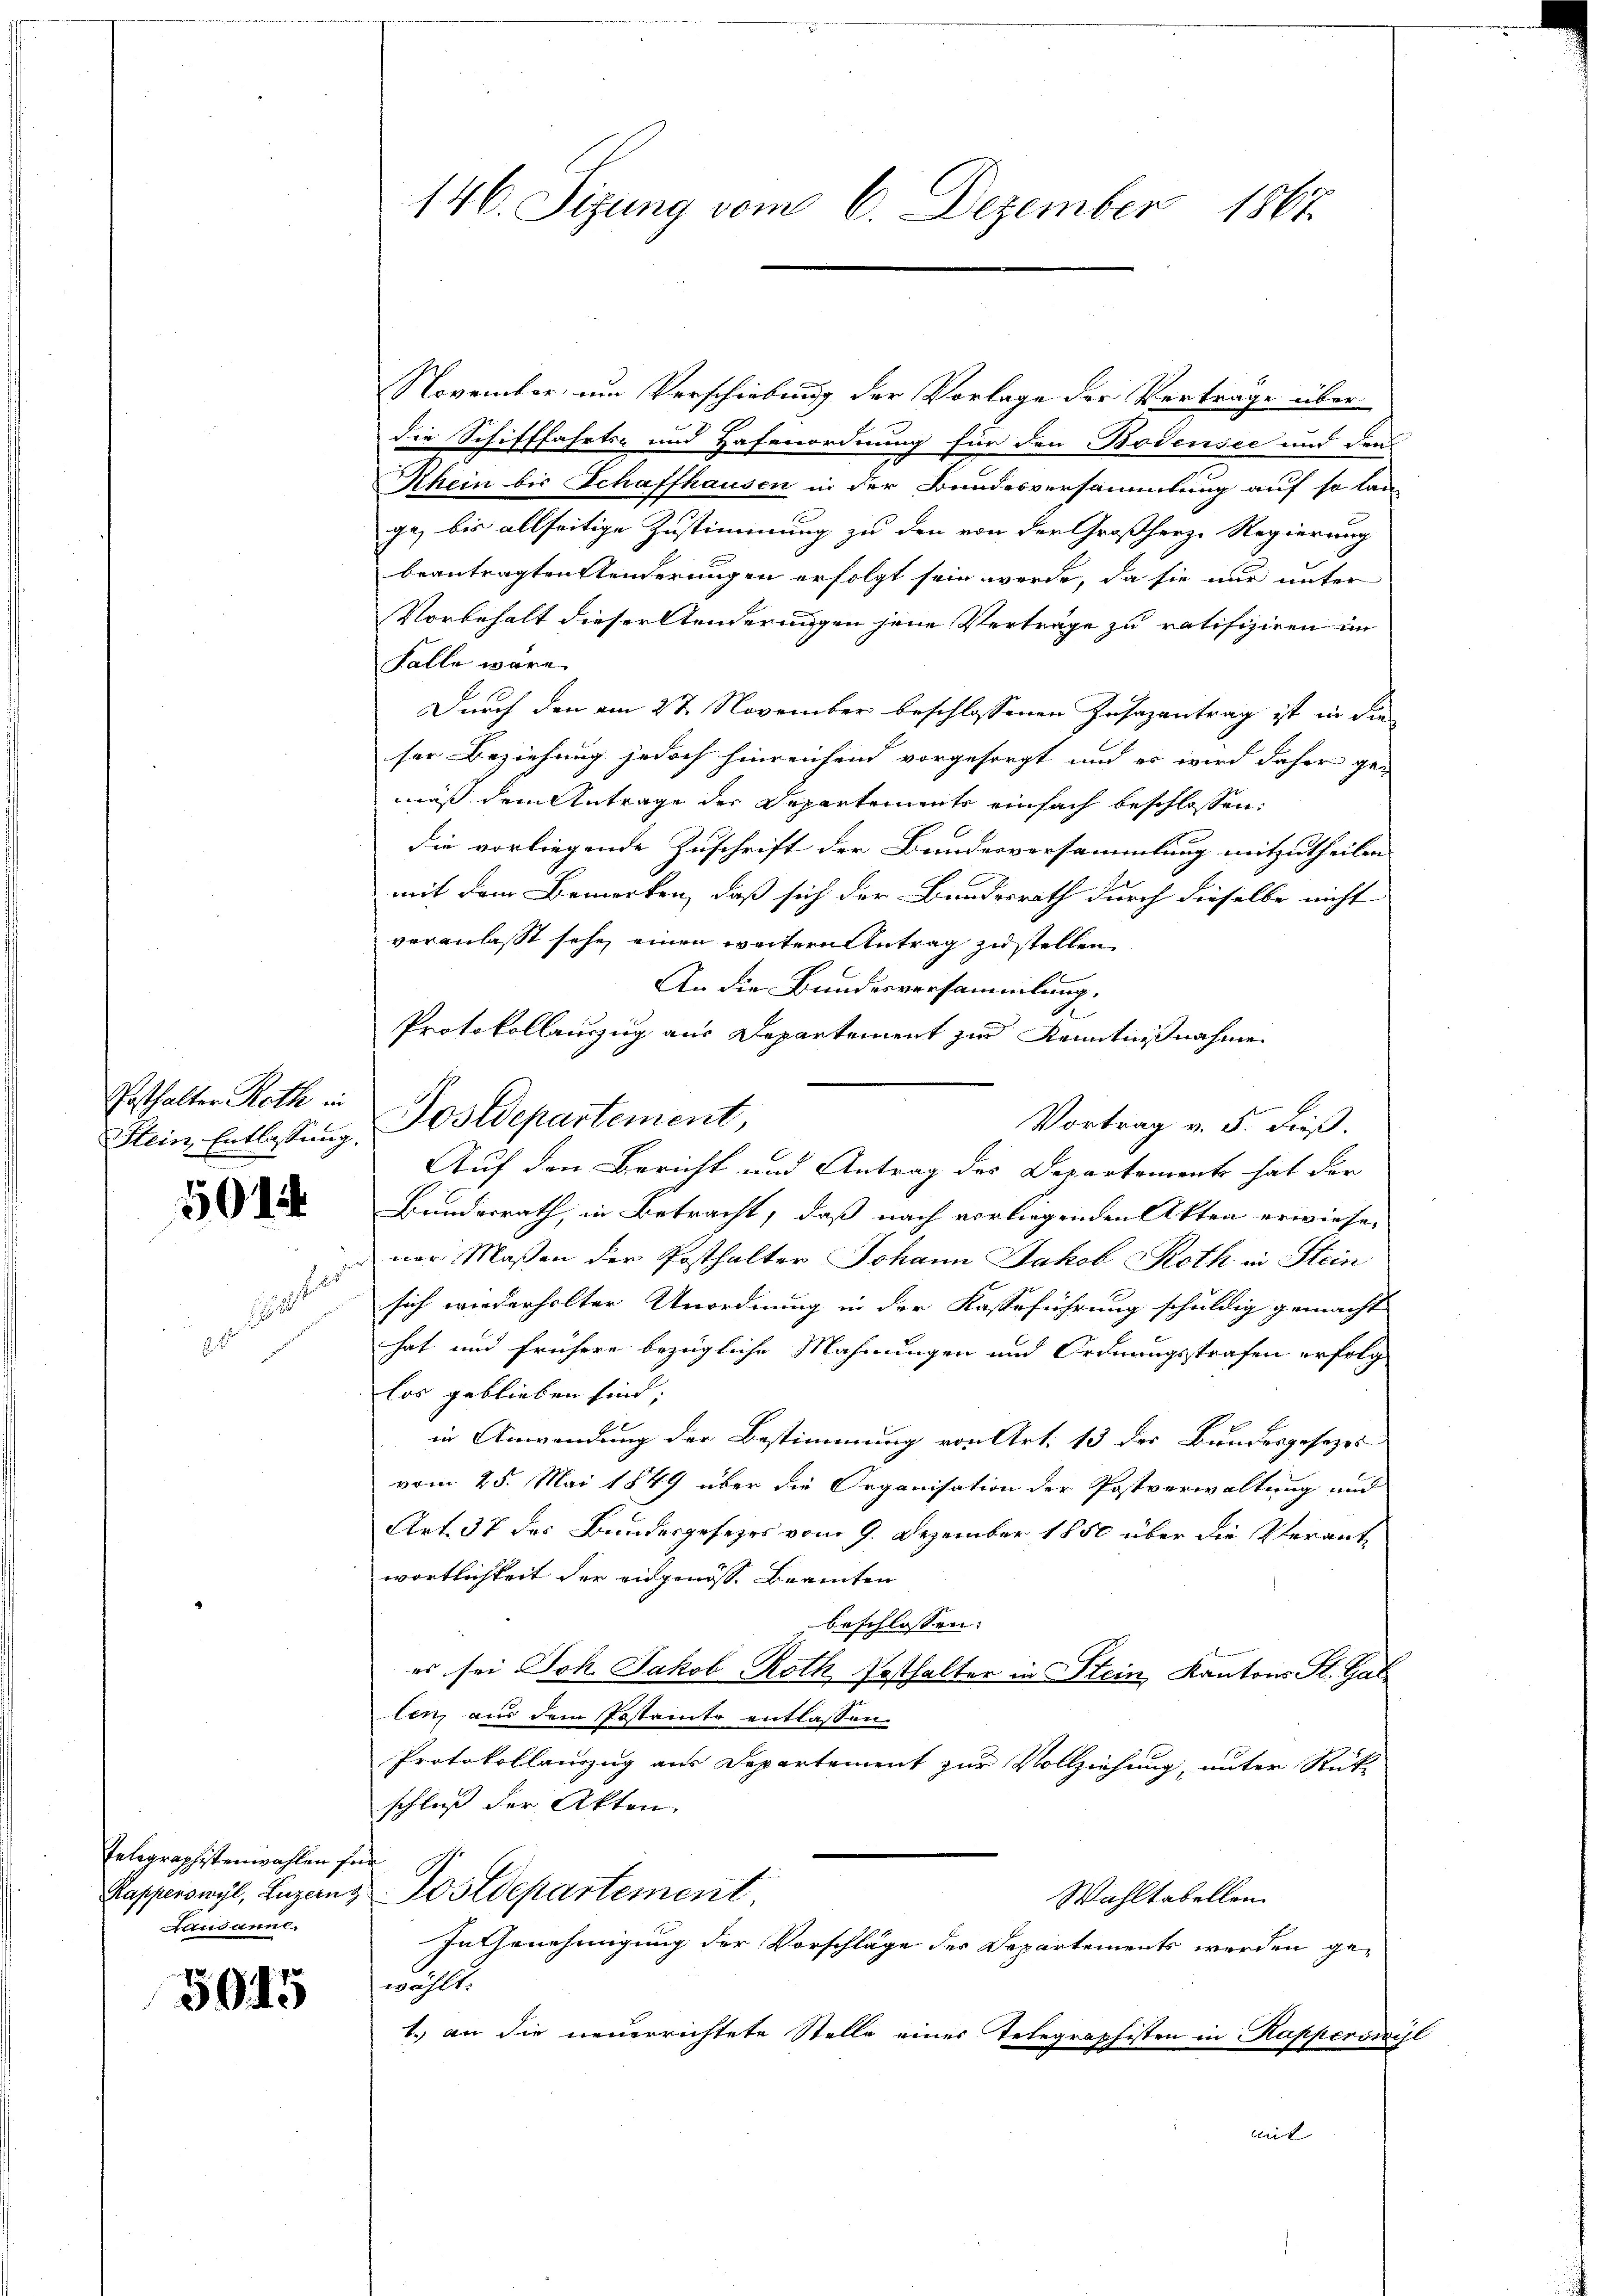
Posthalter Roth in
Stein, Entlassung.

501

Telegraphistenwahlen fr
Rapperswyl, Luzern z
Lausanne.

5045

146. Sizung vom 6. Dezember 1867

November um Verschiebung der Vorlage der Vertrage über
die Schifffahrts- und Hafenordnung für den Bodensee und den
Rhein bis Schaffhausen in der Bundesversammlung auf so lan
ge, bis allseitige Zustimmung zu den von der Großherze Regierung
beantragten Stenderungen erfolgt sein werde, da sie nur unter
Vorbehalt dieser Aenderungen jene Verträge zu ratifiziren im
Fälle wäre.
Durch den am 27. November beschlossenen Zusazantrag ist in die
ser Beziehung jedoch hinreichend vorgesorgt und es wird daher gemäß dem Antrage der Departemente einfach beschlossen:
die vorliegende Zuschrift der Bundesversammlung mitzutheilen. |
mit dem Bemerken, daß sich der Bundesrath durch dieselbe nicht
veranlasst sehe, einen weitern Antrag zu stellen,
An die Bundesversammlung.
Protokollanzug aus Departement zur Kenntnißnahme
Vortrag v. 5. dieß.
Bundesrath, in Betracht, daß nach vorliegenden Akten erwiesen
ner Maßen der Posthalter Johann Jakob Roth in Stein
sich wiederholter Unordnung in der Kasseführung schuldig gemacht
hat und frühere bezügliche Mahnungen und Ordnungsstrafen erfolg
los geblieben sind;
in Anwendung der Bestimmung von Art. 13 des Bundesgesezesvom 25. Mai 1849 über die Organisation der Postverwaltung und
Art. 37 des Bundesgesezes vom 9. Dezember 1850 über die Verantwortlichkeit der angenöss. Beamten
beschlossen:
es sei Joh. Jakob Roth Posthalter in Stein Kantons St. Gale
len, aus dem Postamte entlassen.
Protokollenzug aus Departement zur Vollziehung, unter Rückschluß der Akten.
Postdepartement
Wahltabellen.
In Genehmigung der Vorschläge des Departements werden gewählt.
1. an die neuerrichtete Stelle eines Telegraphisten in Kapperswil

Postdepartement,

Auf den Bericht und Antrag des Departement hat der

mit